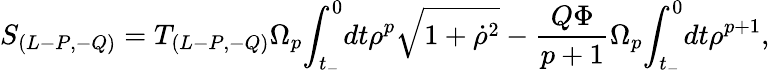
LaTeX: S_{(L-P,-Q)}=T_{(L-P,-Q)}{\Omega}_{p}{\int}_{t_{-}}^{0}dt{\rho}^{p}\sqrt{1+{\dot{\rho}}^{2}}-\frac{Q{\Phi}}{p+1}{\Omega}_{p}{\int}_{t_{-}}^{0}dt{\rho}^{p+1},